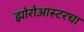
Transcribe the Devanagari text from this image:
झोरोआस्टरचा